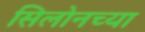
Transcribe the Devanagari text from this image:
सिलोनच्या